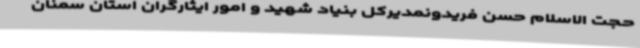
حجت الاسلام حسن فریدونمدیرکل بنیاد شهید و امور ایثارگران استان سمنان